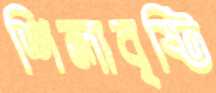
শিলাবৃষ্টি